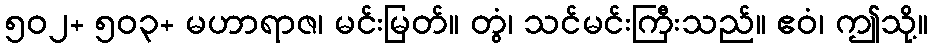
၅၀၂+ ၅၀၃+ မဟာရာဇ၊ မင်းမြတ်။ တွံ၊ သင်မင်းကြီးသည်။ ဧဝံ၊ ဤသို့။